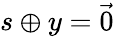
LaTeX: s\oplus y={\vec{0}}